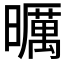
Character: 曞